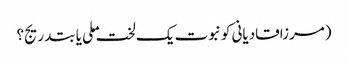
(مرزاقادیانی کو نبوت یک لخت ملی یا بتدریج؟